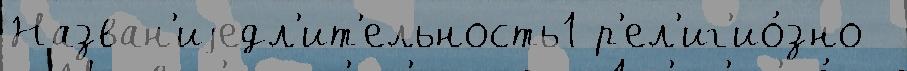
Назван'иjедл'ит'ельность1 р'ел'иг'ио́зно